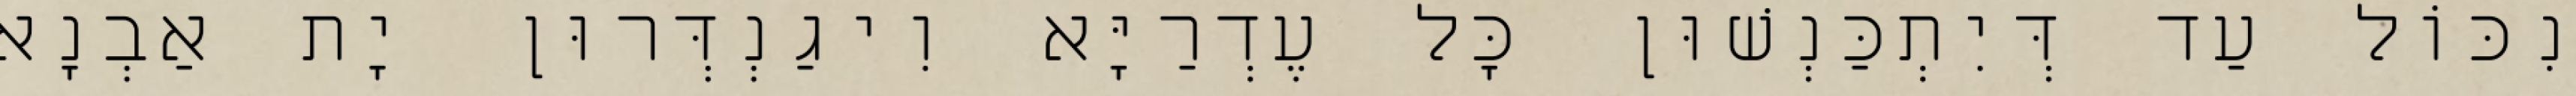
נִכּוֹל עַד דְּיִתְכַּנְשׁוּן כָּל עֶדְרַיָּא וִיגַנְדְּרוּן יָת אַבְנָא